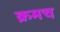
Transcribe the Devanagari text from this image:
क्रमच